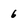
Character: 6